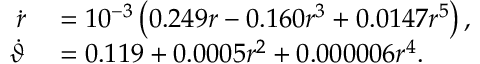
\begin{array} { r l } { \dot { r } } & { { } = 1 0 ^ { - 3 } \left( 0 . 2 4 9 r - 0 . 1 6 0 r ^ { 3 } + 0 . 0 1 4 7 r ^ { 5 } \right) , } \\ { \dot { \vartheta } } & { { } = 0 . 1 1 9 + 0 . 0 0 0 5 r ^ { 2 } + 0 . 0 0 0 0 0 6 r ^ { 4 } . } \end{array}